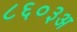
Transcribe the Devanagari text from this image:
८६०३अ